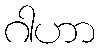
ဂါဟာ